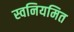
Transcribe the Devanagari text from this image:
स्वनियमित